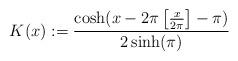
LaTeX: \begin{align*}K(x) :=\frac{\cosh(x-2 \pi \left[\frac{x}{2\pi}\right]-\pi)}{2\sinh(\pi)}\end{align*}